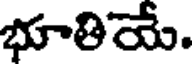
భూతియే.